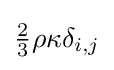
{\tfrac {2}{3}}\rho \kappa \delta _{i,j}